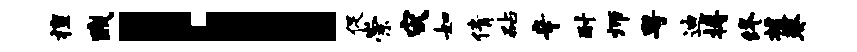
擅贱l促崇灾如倩砧辛耐师粤迪搏终援葵